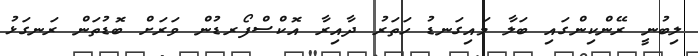
ލިބުނީ ރޭންކިންގައި ބަލާ މައިގަނޑު ހަތަރު ދާއިރާ އޮކްސްފޯރޑުން ވަރަށް ބޮޑުތަން ރަނގަޅު